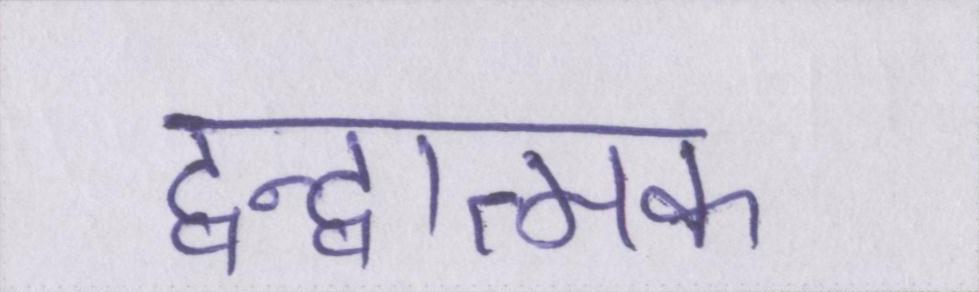
द्वन्द्वात्मक